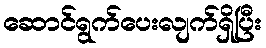
ဆောင်ရွက်ပေးလျက်ရှိပြီး